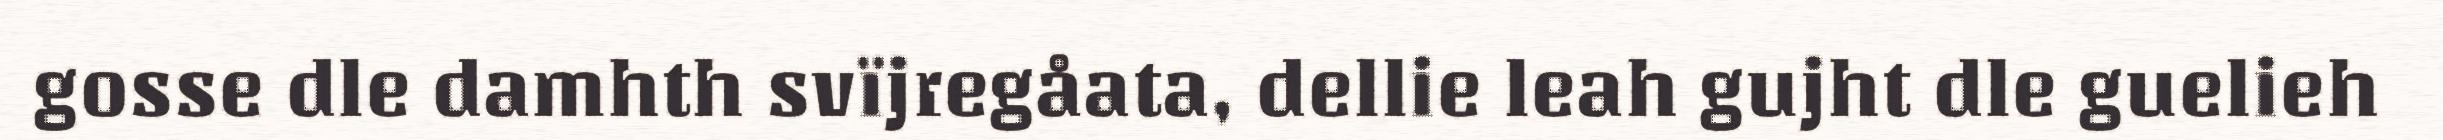
gosse dle damhth svïjregåata, dellie leah gujht dle guelieh